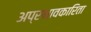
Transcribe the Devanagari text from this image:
अप्रभावकारिता